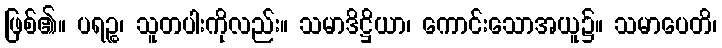
ဖြစ်၏။ ပရဉ္စ၊ သူတပါးကိုလည်း။ သမာဒိဋ္ဌိယာ၊ ကောင်းသောအယူ၌။ သမာပေတိ၊